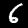
Digit: 6